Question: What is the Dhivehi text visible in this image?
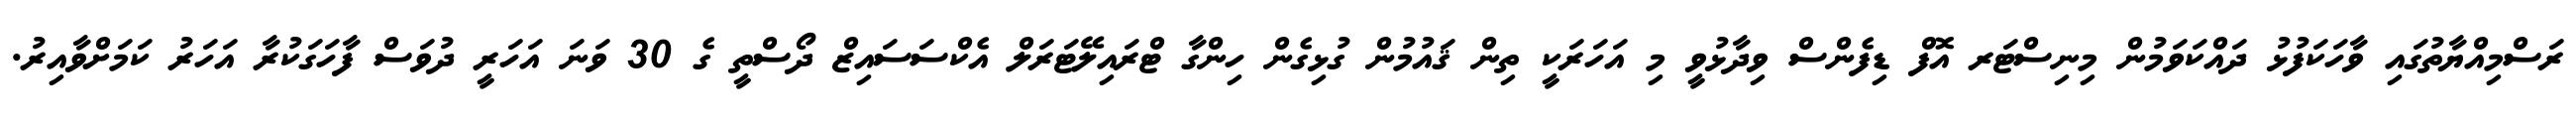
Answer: ރަސްމިއްޔާތުގައި ވާހަކަފުޅު ދައްކަވަމުން މިނިސްޓަރ އޮފް ޑިފެންސް ވިދާޅުވީ މި އަހަރަކީ ތިން ޤައުމުން ގުޅިގެން ހިންގާ ޓްރައިލޭޓަރަލް އެކްސަސައިޒް ދޯސްތީ ގެ 30 ވަނަ އަހަރީ ދުވަސް ފާހަގަކުރާ އަހަރު ކަމަށްވާއިރު.